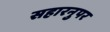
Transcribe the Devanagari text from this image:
सहारनुपर